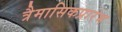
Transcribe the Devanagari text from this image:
त्रैमासिकप्रारंभ